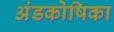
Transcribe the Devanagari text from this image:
अंडकोषिका